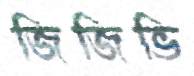
জিজিভি